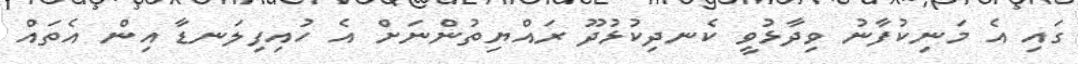
ގައި އެ މަނިކުފާނު ވިދާޅުވީ ކެނދިކުޅުދޫ ރައްޔިތުންނަށް އެ ހުއިފިލަނޑާ އިން އެތައް